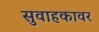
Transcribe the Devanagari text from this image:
सुवाहकावर